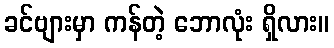
ခင်ဗျားမှာ ကန်တဲ့ ဘောလုံး ရှိလား။